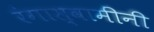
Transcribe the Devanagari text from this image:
रंगास्वामींनी